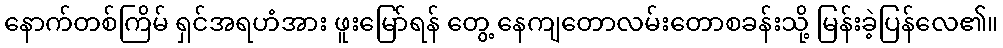
နောက်တစ်ကြိမ် ရှင်အရဟံအား ဖူးမြော်ရန် တွေ့ နေကျတောလမ်းတောစခန်းသို့ မြန်းခဲ့ပြန်လေ၏။